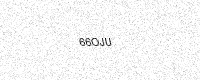
Text: 66OJU